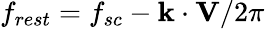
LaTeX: f_{rest}=f_{sc}-\mathbf{k}\cdot\mathbf{V}/2\pi